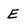
Character: E